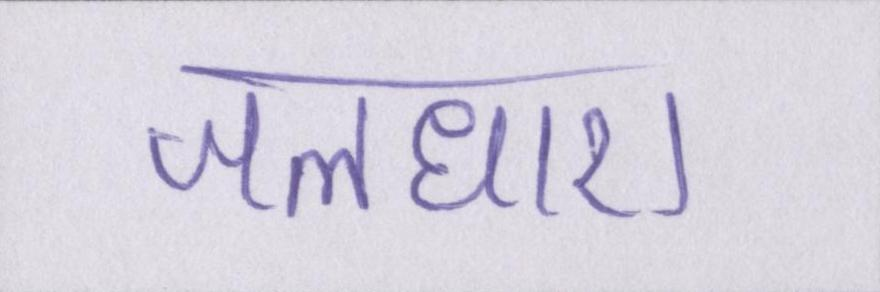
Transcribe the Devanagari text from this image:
जलधारा